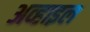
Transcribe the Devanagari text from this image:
अव्हाइल